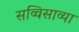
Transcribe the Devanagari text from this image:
सव्विसाव्या